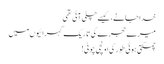
خدا جانے، کیسے چلی آئی تھی
میرے حجرے کی تاریک گہرائیوں میں
چمکتی ہوئی طور کی اونچی چوٹی!